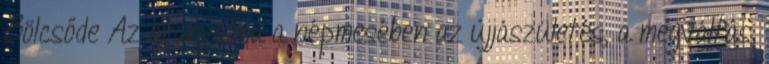
Bölcsőde Az aranyalma a népmesében az újjászületés, a megváltás,